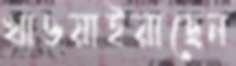
খাওয়াইয়াছেন